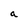
Character: a